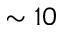
\sim 1 0